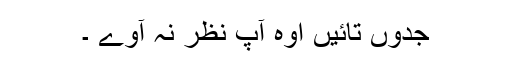
جدوں تائیں اوہ آپ نظر نہ آوے ۔